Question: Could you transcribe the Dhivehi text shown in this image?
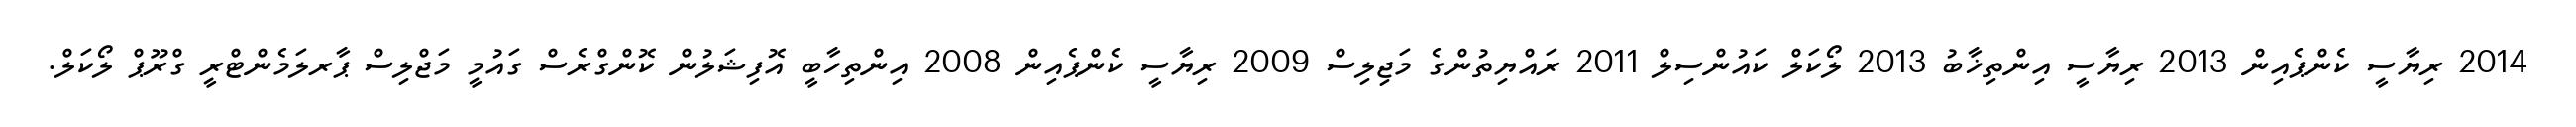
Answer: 2014 ރިޔާސީ ކެންޕެއިން 2013 ރިޔާސީ އިންތިޚާބު 2013 ލޯކަލް ކައުންސިލް 2011 ރައްޔިތުންގެ މަޖިލިސް 2009 ރިޔާސީ ކެންޕެއިން 2008 އިންތިހާބީ އޮފިޝަލުން ކޮންގްރެސް ގައުމީ މަޖްލިސް ޕާރލަމެންޓްރީ ގްރޫޕް ލޯކަލް.